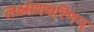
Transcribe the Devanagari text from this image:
लक्ष्मणपरिणय